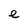
Character: e